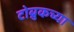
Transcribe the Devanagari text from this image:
टोब्रुकच्या